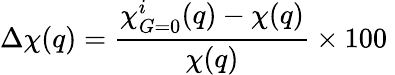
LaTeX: \Delta\chi(q)=\frac{\chi_{G=0}^{i}(q)-\chi(q)}{\chi(q)}\times 100\